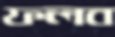
ফলব